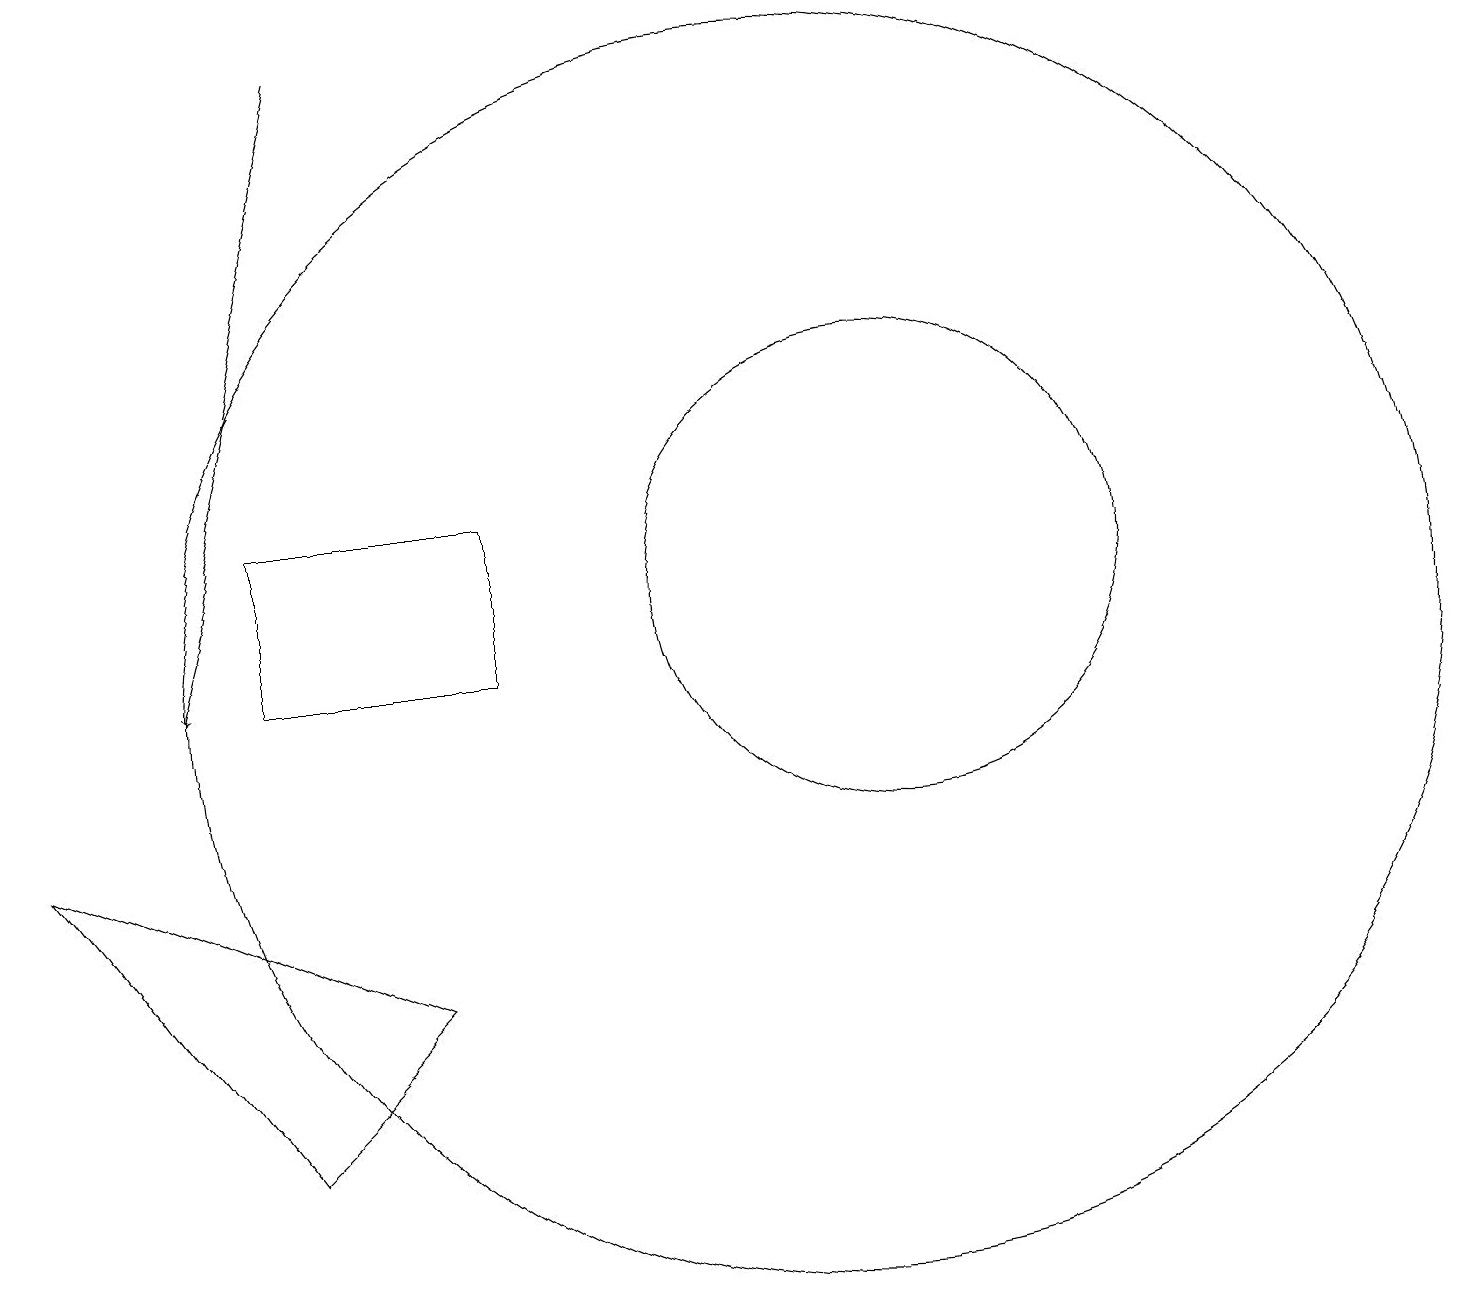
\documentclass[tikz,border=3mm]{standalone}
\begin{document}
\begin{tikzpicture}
\draw[->] (5,19) -- (3,11);
\draw (11,11) circle (8);
\draw (12,12) circle (3);
\draw (4,11) rectangle (7,13);
\draw (6,7) -- (1,9) -- (4,5) -- cycle;
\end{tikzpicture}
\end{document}